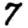
Digit: 7